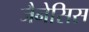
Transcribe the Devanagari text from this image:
जैनेसिस